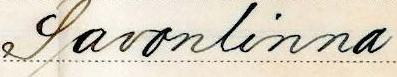
Savonlinna